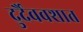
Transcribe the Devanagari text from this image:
दुर्दैववशात